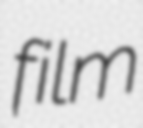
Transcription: film